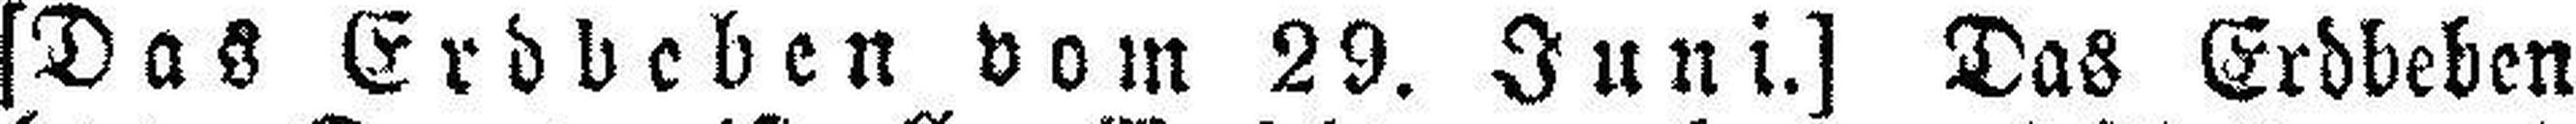
[Das Erdbeben vom 29. Juni.] Das Erdbeben